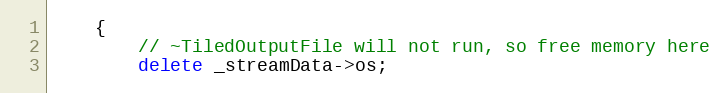
Language: C++
    {
        // ~TiledOutputFile will not run, so free memory here
        delete _streamData->os;